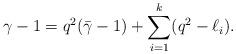
LaTeX: \begin{align*}\gamma-1 = q^2(\bar\gamma-1)+\sum_{i=1}^{k} (q^2-\ell_i).\end{align*}